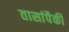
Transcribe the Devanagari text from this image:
तासांपैकी